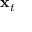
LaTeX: \mathbf { x } _ { t }